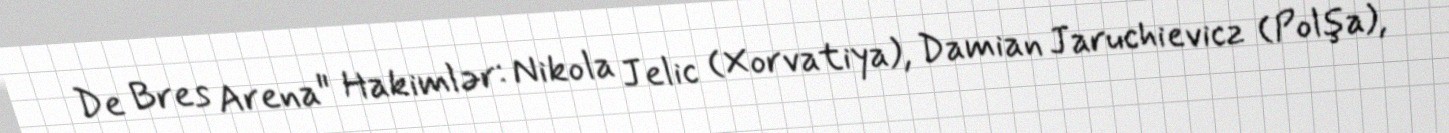
De Bres Arena" Hakimlər: Nikola Jelic (Xorvatiya), Damian Jaruchievicz (Polşa),